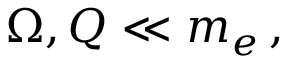
\Omega , { \cal Q } \ll m _ { e } \, ,